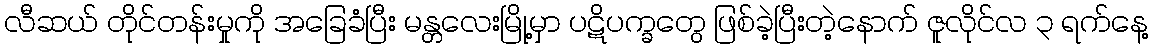
လီဆယ် တိုင်တန်းမှုကို အခြေခံပြီး မန္တလေးမြို့မှာ ပဋိပက္ခတွေ ဖြစ်ခဲ့ပြီးတဲ့နောက် ဇူလိုင်လ ၃ ရက်နေ့